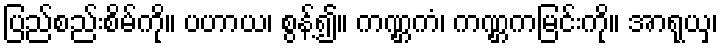
ပြည်စည်းစိမ်ကို။ ပဟာယ၊ စွန့်၍။ ကဏ္ဌကံ၊ ကဏ္ဌကမြင်းကို။ အာရုယှ၊